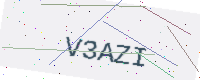
Text: V3AZI